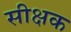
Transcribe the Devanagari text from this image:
सीक्षक